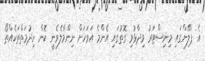
އެ ޕްލޭންގައި މިނިސްޓަރު ވިދާޅުވި ގޮތުގައި އެންމެ އަވަހަށް ނިންމާލެވެނީ ކޮން ހިދުމަތްތަކެއްތޯ